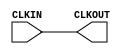
module X_BUFG_LB (
  CLKOUT,

  CLKIN
);

  parameter LOC = "UNPLACED";
  output CLKOUT;
  input CLKIN;

  buf B_CLKOUT (CLKOUT, CLKIN);

  specify
    ( CLKIN *> CLKOUT) = (100:100:100, 100:100:100);
    specparam PATHPULSE$ = 0;
  endspecify

endmodule